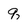
Character: q